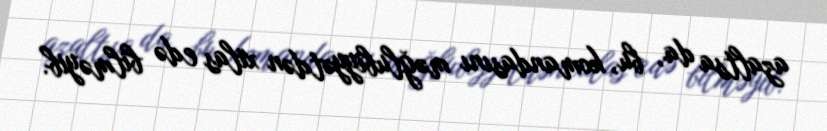
azaltsa da, bu, komandasını məğlubiyyətdən xilas edə bilməyib.